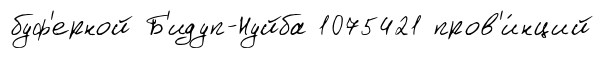
буф'ерной Б'идуп-Нуйба 1075421 пров'и́нций